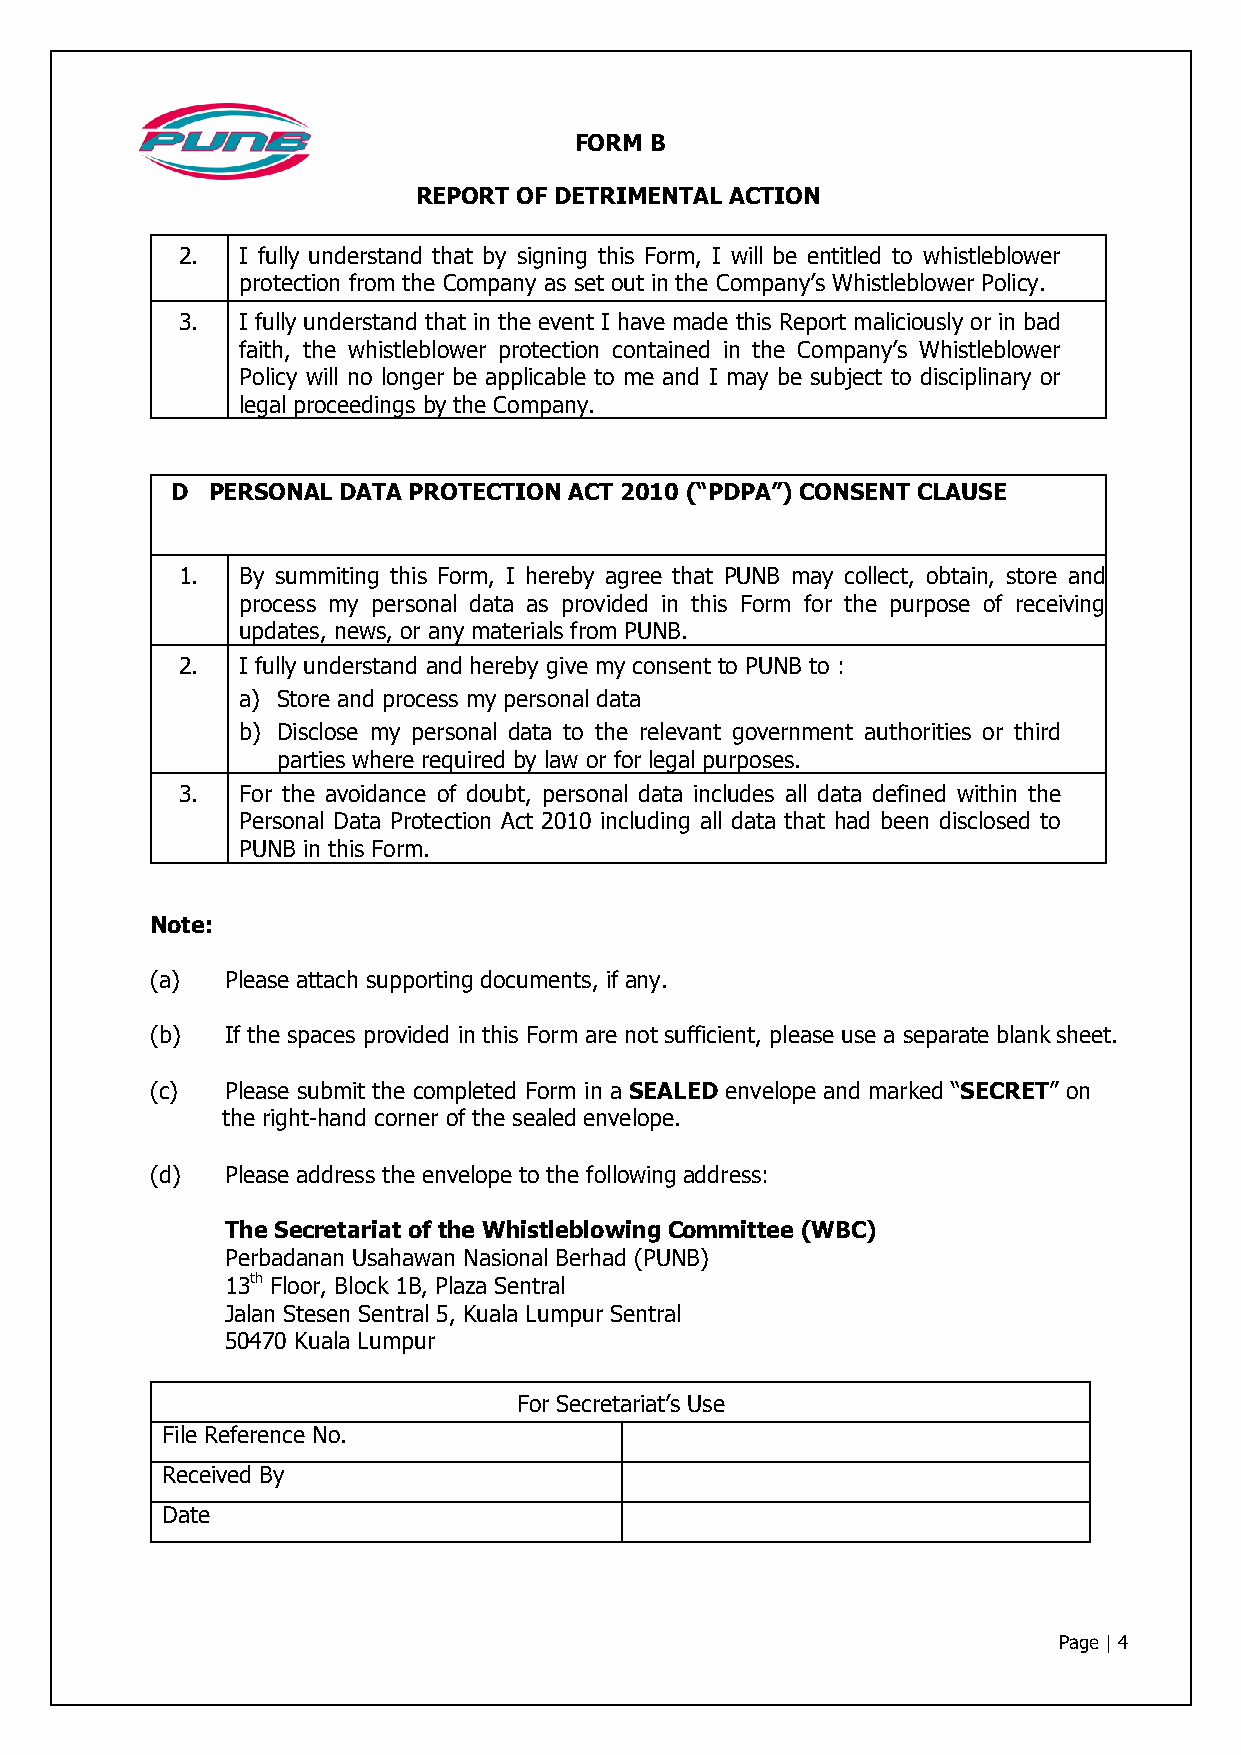
FORM B
 REPORT OF DETRIMENTAL ACTION
 2.  I fully understand that by signing this Form, I will be entitled to whistleblower
 protection from the Company as set out in the Company’s Whistleblower Policy.
 3.  I fully understand that in the event I have made this Report maliciously or in bad
 faith, the whistleblower protection contained in the Company’s Whistleblower
 Policy will no longer be applicable to me and I may be subject to disciplinary or
 legal proceedings by the Company.
 D  PERSONAL DATA PROTECTION ACT 2010 (“PDPA”) CONSENT CLAUSE
 1.  By summiting this Form, I hereby agree that PUNB may collect, obtain, store and
 process my personal data as provided in this Form for the purpose of receiving
 updates, news, or any materials from PUNB.
 2.  I fully understand and hereby give my consent to PUNB to :
 a) Store and process my personal data
 b) Disclose my personal data to the relevant government authorities or third
 parties where required by law or for legal purposes.
 3.  For the avoidance of doubt, personal data includes all data defined within the
 Personal Data Protection Act 2010 including all data that had been disclosed to
 PUNB in this Form.
 Note:
 (a)  Please attach supporting documents, if any.
 (b)  If the spaces provided in this Form are not sufficient, please use a separate blank sheet.
 (c)  Please submit the completed Form in a SEALED envelope and marked “SECRET” on
 the right-hand corner of the sealed envelope.
 (d)  Please address the envelope to the following address:
 The Secretariat of the Whistleblowing Committee (WBC)
 Perbadanan Usahawan Nasional Berhad (PUNB)
 13th Floor, Block 1B, Plaza Sentral
 Jalan Stesen Sentral 5, Kuala Lumpur Sentral
 50470 Kuala Lumpur
 For Secretariat’s Use
 File Reference No.
 Received By
 Date
 Page | 4